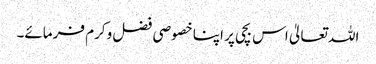
اللہ تعالیٰ اس بچی پر اپنا خصوصی فضل وکرم فرمائے۔